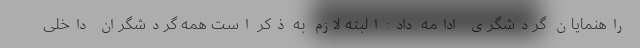
راهنمایان گردشگری ادامه داد: البته لازم به ذکر است همه گردشگران داخلی